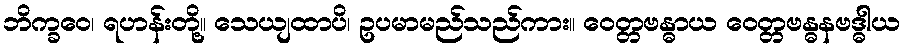
ဘိက္ခဝေ၊ ရဟန်းတို့။ သေယျထာပိ၊ ဥပမာမည်သည်ကား။ ဝေတ္တဗန္ဓာယ ဝေတ္တဗန္ဓနဗဒ္ဓါယ